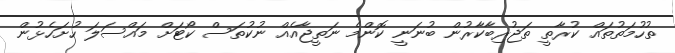
ތުހުމަތުތައް ކުރާތީ ތަޖުރިބާކާރުން ބުނަނީ ކޮންމެ ނަތީޖާއެއް ނުކުތަސް ކޯޓަށް މައްސަލަ ހުށަހެޅުން